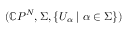
( \mathbb { C } P ^ { N } , \Sigma , \{ U _ { \alpha } \; \vert \; \alpha \in \Sigma \} )